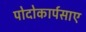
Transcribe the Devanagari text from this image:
पोदोकार्पसाए